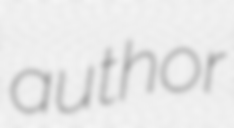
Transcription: author